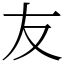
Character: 友